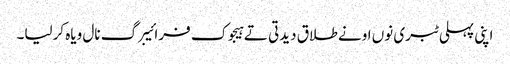
اپنی پہلی ٹبری نوں اونے طلاق دیدتی تے ہیجوک فرائیبرگ نال ویاہ کرلیا۔